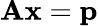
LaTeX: \mathbf{Ax}=\mathbf{p}